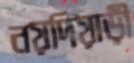
নয়দিয়াড়ী